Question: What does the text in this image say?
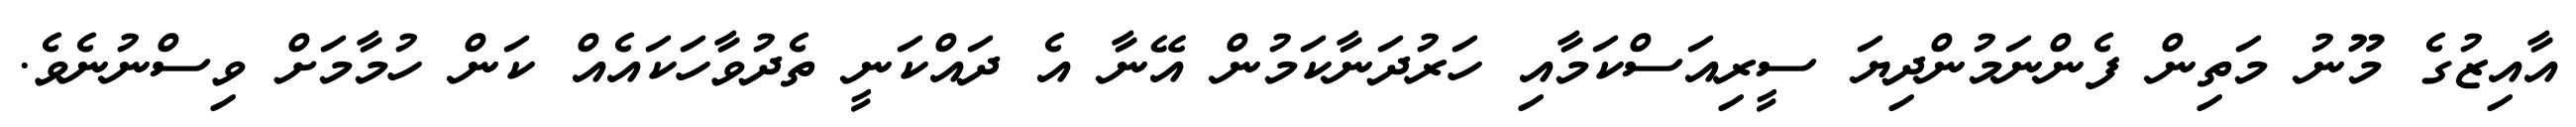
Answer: އާއިޒުގެ މޫނު މަތިން ފެންނަމުންދިޔަ ސީރިއަސްކަމާއި ހަރުދަނާކަމުން އޭނާ އެ ދައްކަނީ ތެދުވާހަކައެއް ކަން ހުމާމަށް ވިސްނުނެވެ.